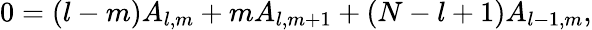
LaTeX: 0=(l-m)A_{l,m}+mA_{l,m+1}+(N-l+1)A_{l-1,m},